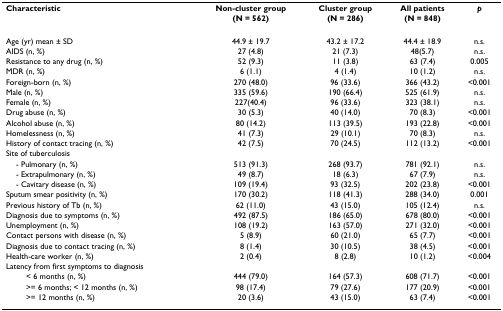
<table><thead><tr><td><b>Characteristic</b></td><td><b>Non-cluster group</b></td><td><b>Cluster group</b></td><td><b>All patients</b></td><td><b><i>p</i></b></td></tr><tr><td></td><td><b>(N = 562)</b></td><td><b>(N = 286)</b></td><td><b>(N = 848)</b></td><td></td></tr></thead><tbody><tr><td>Age (yr) mean ± SD</td><td>44.9 ± 19.7</td><td>43.2 ± 17.2</td><td>44.4 ± 18.9</td><td>n.s.</td></tr><tr><td>AIDS (n, %)</td><td>27 (4.8)</td><td>21 (7.3)</td><td>48(5.7)</td><td>n.s.</td></tr><tr><td>Resistance to any drug (n, %)</td><td>52 (9.3)</td><td>11 (3.8)</td><td>63 (7.4)</td><td>0.005</td></tr><tr><td>MDR (n, %)</td><td>6 (1.1)</td><td>4 (1.4)</td><td>10 (1.2)</td><td>n.s.</td></tr><tr><td>Foreign-born (n, %)</td><td>270 (48.0)</td><td>96 (33.6)</td><td>366 (43.2)</td><td>&lt;0.001</td></tr><tr><td>Male (n, %)</td><td>335 (59.6)</td><td>190 (66.4)</td><td>525 (61.9)</td><td>n.s.</td></tr><tr><td>Female (n, %)</td><td>227(40.4)</td><td>96 (33.6)</td><td>323 (38.1)</td><td>n.s.</td></tr><tr><td>Drug abuse (n, %)</td><td>30 (5.3)</td><td>40 (14.0)</td><td>70 (8.3)</td><td>&lt;0.001</td></tr><tr><td>Alcohol abuse (n, %)</td><td>80 (14.2)</td><td>113 (39.5)</td><td>193 (22.8)</td><td>&lt;0.001</td></tr><tr><td>Homelessness (n, %)</td><td>41 (7.3)</td><td>29 (10.1)</td><td>70 (8.3)</td><td>n.s.</td></tr><tr><td>History of contact tracing (n, %)</td><td>42 (7.5)</td><td>70 (24.5)</td><td>112 (13.2)</td><td>&lt;0.001</td></tr><tr><td>Site of tuberculosis</td><td></td><td></td><td></td><td></td></tr><tr><td> - Pulmonary (n, %)</td><td>513 (91.3)</td><td>268 (93.7)</td><td>781 (92.1)</td><td>n.s.</td></tr><tr><td> - Extrapulmonary (n, %)</td><td>49 (8.7)</td><td>18 (6.3)</td><td>67 (7.9)</td><td>n.s.</td></tr><tr><td> - Cavitary disease (n, %)</td><td>109 (19.4)</td><td>93 (32.5)</td><td>202 (23.8)</td><td>&lt;0.001</td></tr><tr><td>Sputum smear positivity (n, %)</td><td>170 (30.2)</td><td>118 (41.3)</td><td>288 (34.0)</td><td>0.001</td></tr><tr><td>Previous history of Tb (n, %)</td><td>62 (11.0)</td><td>43 (15.0)</td><td>105 (12.4)</td><td>n.s.</td></tr><tr><td>Diagnosis due to symptoms (n, %)</td><td>492 (87.5)</td><td>186 (65.0)</td><td>678 (80.0)</td><td>&lt;0.001</td></tr><tr><td>Unemployment (n, %)</td><td>108 (19.2)</td><td>163 (57.0)</td><td>271 (32.0)</td><td>&lt;0.001</td></tr><tr><td>Contact persons with disease (n, %)</td><td>5 (8.9)</td><td>60 (21.0)</td><td>65 (7.7)</td><td>&lt;0.001</td></tr><tr><td>Diagnosis due to contact tracing (n, %)</td><td>8 (1.4)</td><td>30 (10.5)</td><td>38 (4.5)</td><td>&lt;0.001</td></tr><tr><td>Health-care worker (n, %)</td><td>2 (0.4)</td><td>8 (2.8)</td><td>10 (1.2)</td><td>&lt;0.004</td></tr><tr><td>Latency from first symptoms to diagnosis</td><td></td><td></td><td></td><td></td></tr><tr><td>&lt; 6 months (n, %)</td><td>444 (79.0)</td><td>164 (57.3)</td><td>608 (71.7)</td><td>&lt;0.001</td></tr><tr><td>&gt;= 6 months; &lt; 12 months (n, %)</td><td>98 (17.4)</td><td>79 (27.6)</td><td>177 (20.9)</td><td>&lt;0.001</td></tr><tr><td>&gt;= 12 months (n, %)</td><td>20 (3.6)</td><td>43 (15.0)</td><td>63 (7.4)</td><td>&lt;0.001</td></tr></tbody></table>